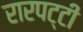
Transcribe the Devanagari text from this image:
रारपट्टी